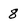
Character: 8